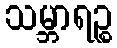
သမ္ဘာရဉ္စ